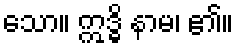
သော။ ဣဒ္ဓိ နာမ၊ ၏။